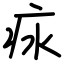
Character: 㽷